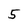
Character: 5